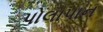
પોલાપાન